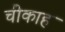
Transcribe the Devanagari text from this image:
चीकाह